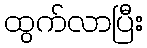
ထွက်လာပြီး